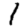
Digit: 1